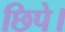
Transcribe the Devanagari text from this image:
छिपे।